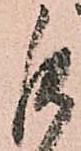
罷